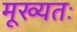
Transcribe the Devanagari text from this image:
मूख्यतः